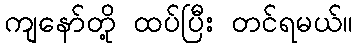
ကျနော်တို့ ထပ်ပြီး တင်ရမယ်။